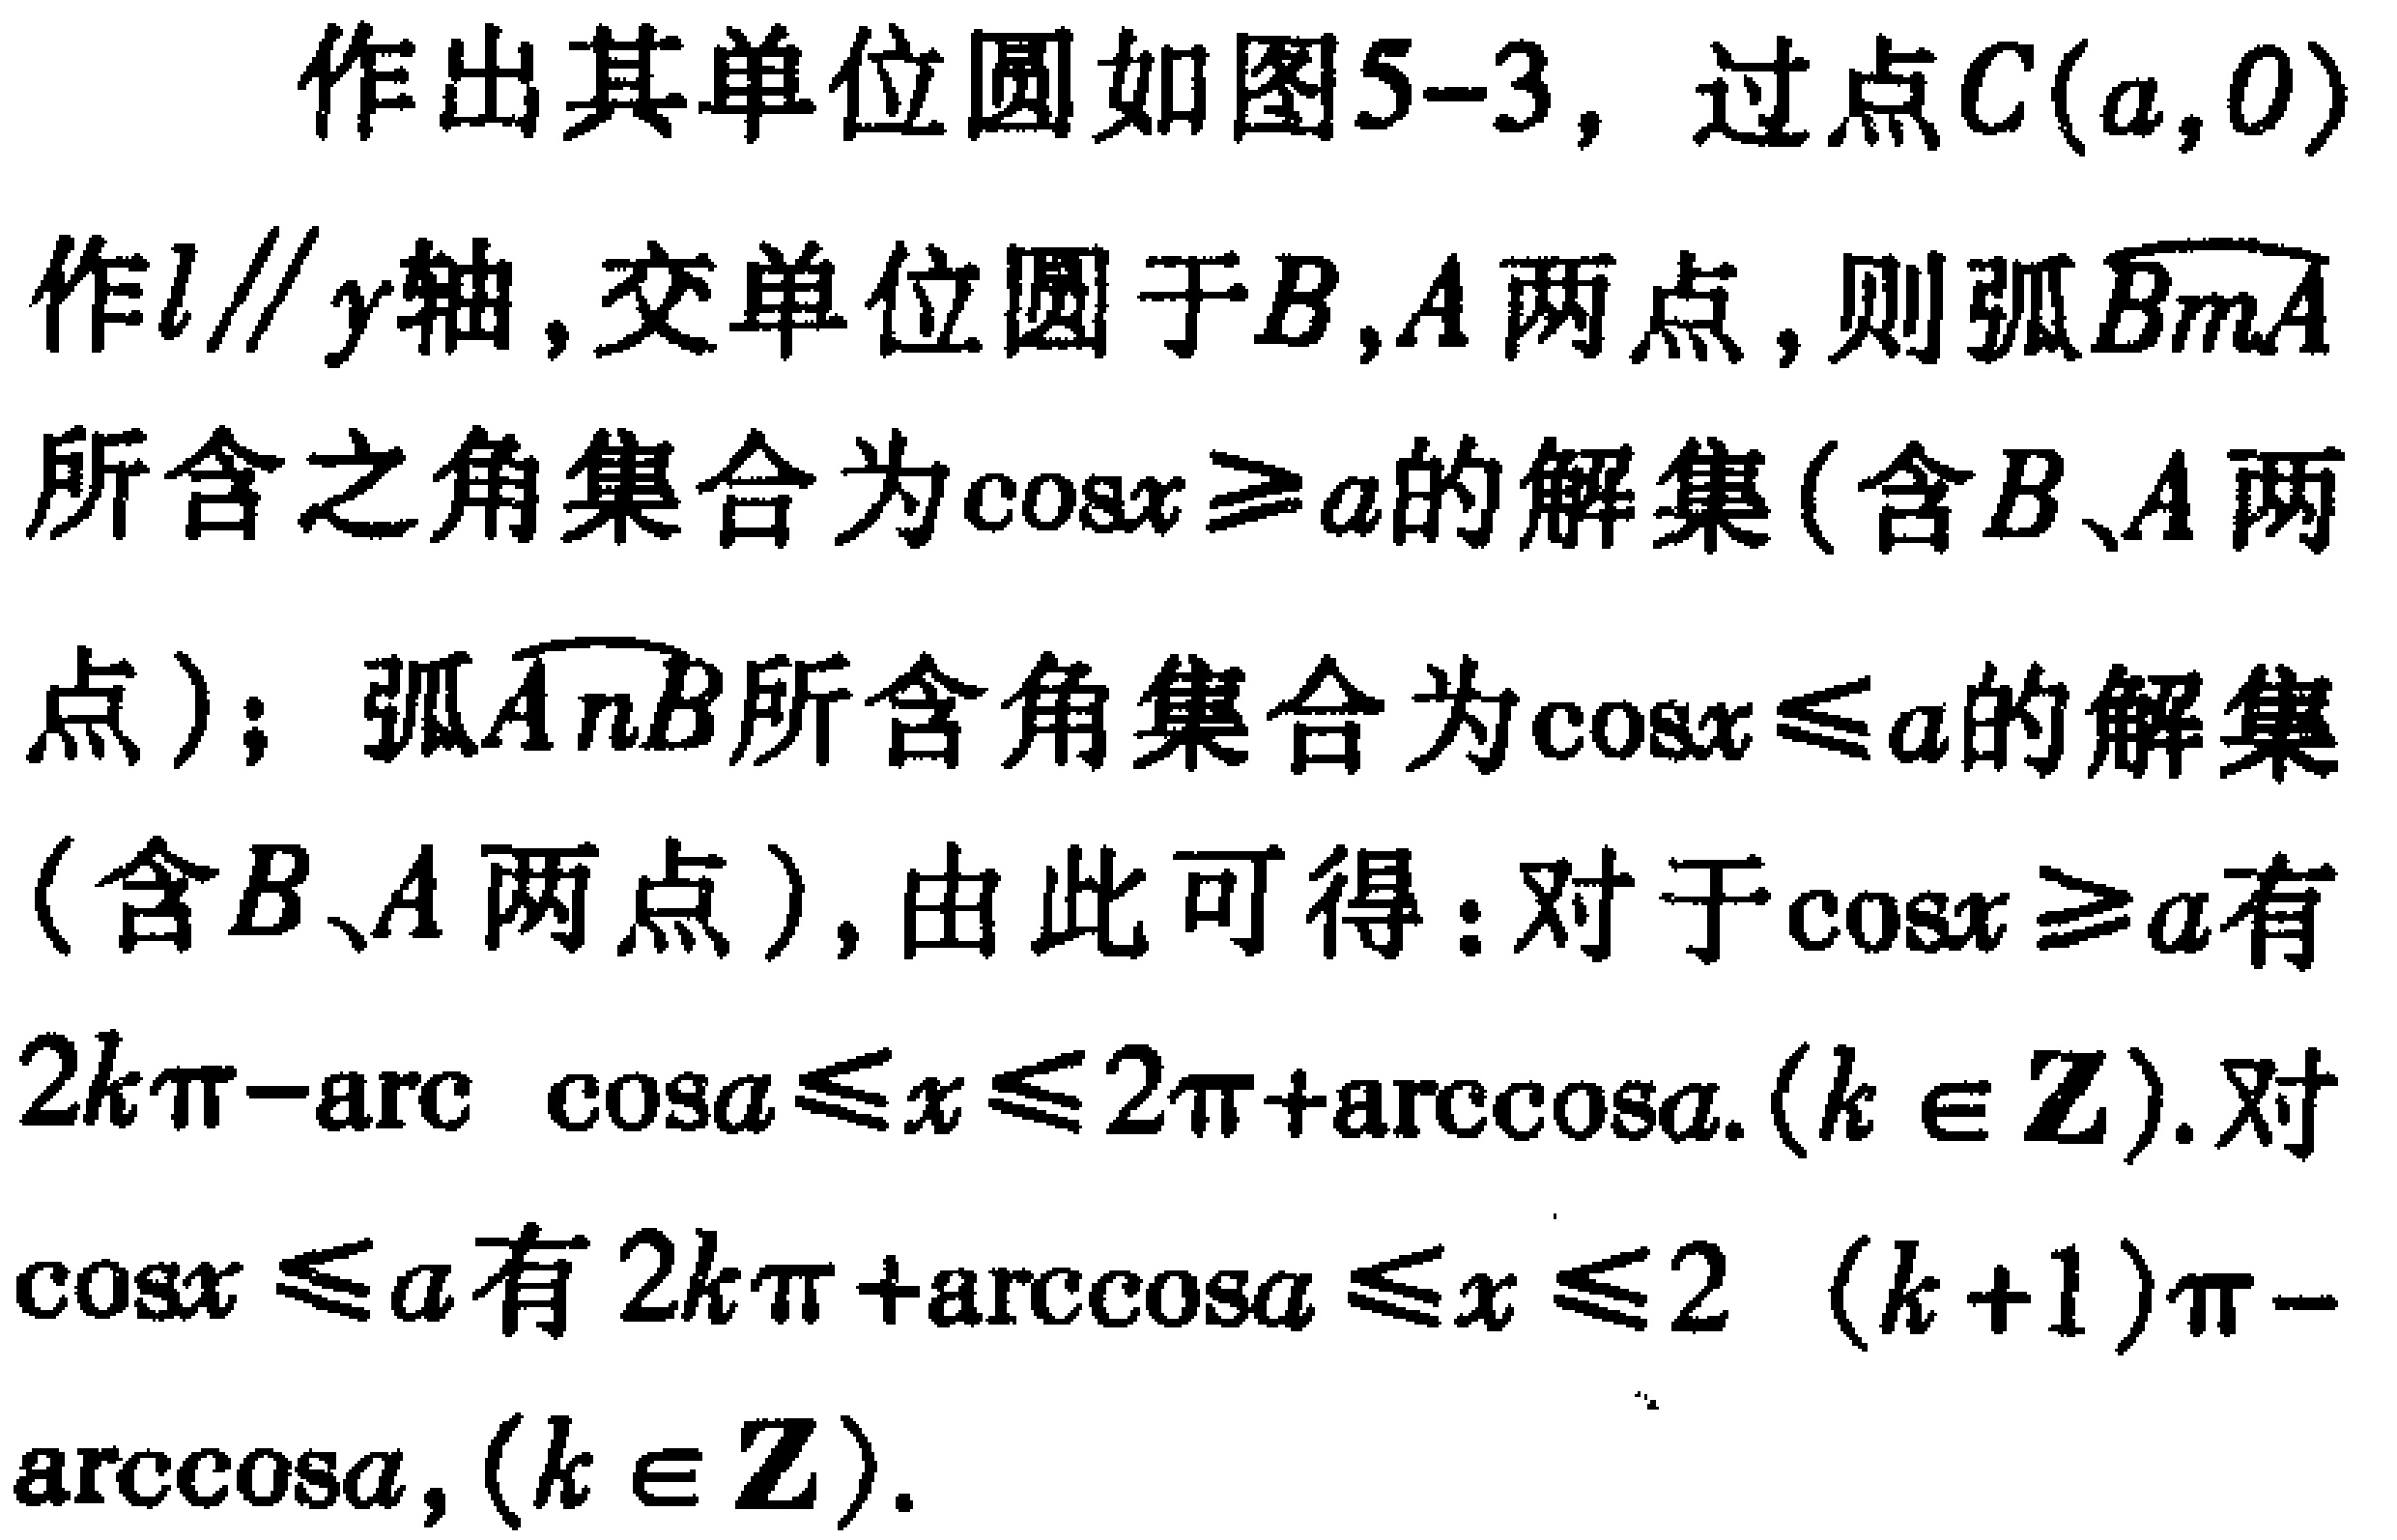
作出其单位圆如图5-3，过点\(C(a,0)\)作\(l\parallel y\)轴，交单位圆于\(B,A\)两点，则弧\(\overset{\frown}{BmA}\)所含之角集合为\(\cos x\geq a\)的解集(含\(B、A\)两点)；弧\(\overset{\frown}{AnB}\)所含角集合为\(\cos x\leq a\)的解集(含\(B、A\)两点)，由此可得：对于\(\cos x\geq a\)有\(2k\pi - \arccos a\leq x\leq 2\pi+\arccos a.(k\in \mathbb{Z})\). 对\(\cos x\leq a\)有\(2k\pi+\arccos a\leq x\leq 2(k + 1)\pi-\arccos a,(k\in \mathbb{Z})\).